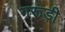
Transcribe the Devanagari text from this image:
गरूड़ी